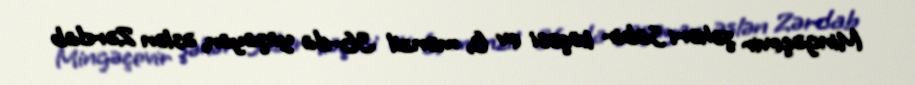
Mingəçevir şəhəri Sabir küçəsi ev 6, mənzil 36-da yaşayan, əslən Zərdab